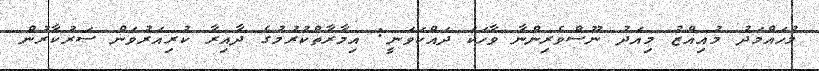
މުހައްމަދު މުއިއްޒު މިއަދު ނޫސްވެރިންނާ ވާހަކަ ދައްކަވަނީ: އިމާރާތްކުރުމުގެ ދާއިރާ ކުރިއަރުވަން ސަރުކާރުން